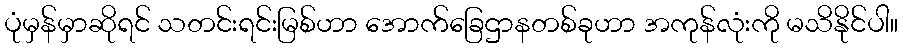
ပုံမှန်မှာဆိုရင် သတင်းရင်းမြစ်ဟာ အောက်ခြေဌာနတစ်ခုဟာ အကုန်လုံးကို မသိနိုင်ပါ။